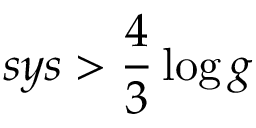
s y s > { \frac { 4 } { 3 } } \log g